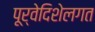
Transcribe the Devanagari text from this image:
पूर्वेदिशेलगत